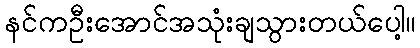
နင်ကဦးအောင်အသုံးချသွားတယ်ပေါ့။